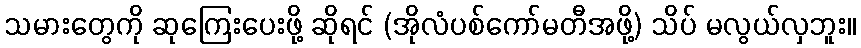
သမားတွေကို ဆုကြေးပေးဖို့ ဆိုရင် (အိုလံပစ်ကော်မတီအဖို့) သိပ် မလွယ်လှဘူး။